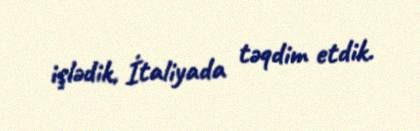
işlədik, İtaliyada təqdim etdik.